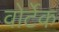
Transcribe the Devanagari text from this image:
वोर्टेक